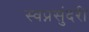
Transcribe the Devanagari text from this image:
स्वप्नसुंदरी